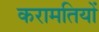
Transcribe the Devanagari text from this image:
करामतियों